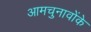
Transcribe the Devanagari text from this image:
आमचुनावोंके